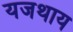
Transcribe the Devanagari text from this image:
यजथाय